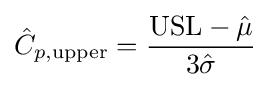
{\hat {C}}_{p,{\text{upper}}}={{\text{USL}}-{\hat {\mu }} \over 3{\hat {\sigma }}}